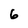
Character: 6